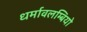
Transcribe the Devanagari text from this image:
धर्मावलम्बियो